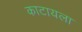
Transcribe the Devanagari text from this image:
काटायला